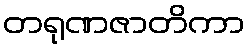
တရုဏဇာတိကာ